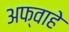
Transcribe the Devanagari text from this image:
अफ्वाहे